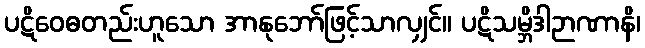
ပဋိဝေဓတည်းဟူသော အာနုဘော်ဖြင့်သာလျှင်။ ပဋိသမ္ဘိဒါဉာဏာနိ၊